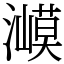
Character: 㵹